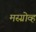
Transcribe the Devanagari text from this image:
मस्ग्रोव्ह